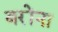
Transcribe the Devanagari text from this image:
बरोंना